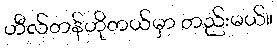
ဟီလ်တန်ဟိုတယ်မှာ တည်းမယ်။